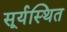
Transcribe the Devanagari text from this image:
सूर्यस्थित